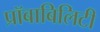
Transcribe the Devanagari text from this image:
प्रॉबाबिलिटी